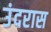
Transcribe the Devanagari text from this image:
उंदरास